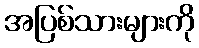
အပြစ်သားများကို